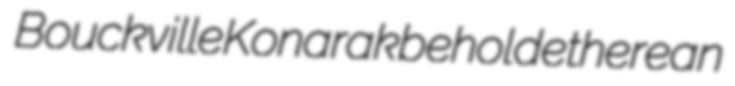
Bouckville Konarak behold etherean